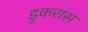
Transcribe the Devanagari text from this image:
डुकरास